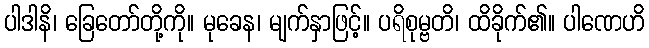
ပါဒါနိ၊ ခြေတော်တို့ကို။ မုခေန၊ မျက်နှာဖြင့်။ ပရိစုမ္ဗတိ၊ ထိခိုက်၏။ ပါဏေဟိ